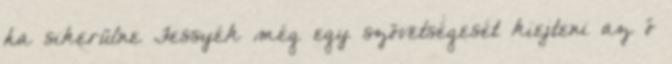
ha sikerülne Fessyék még egy szövetségesét kiejteni az ő